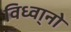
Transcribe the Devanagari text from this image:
विध्वा्नो